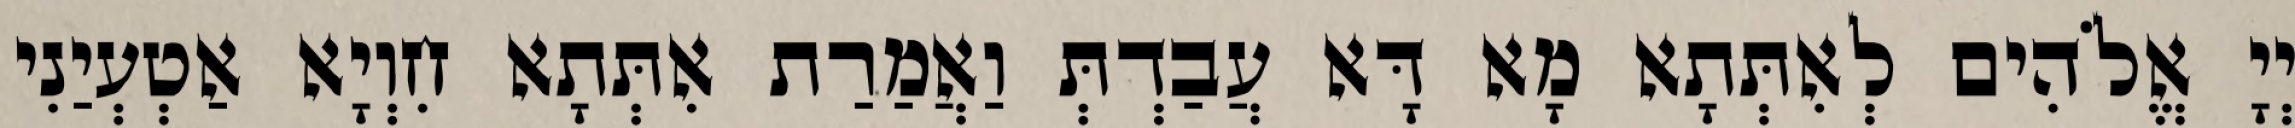
יְיָ אֱלֹהִים לְאִתְּתָא מָא דָּא עֲבַדְתְּ וַאֲמַרַת אִתְּתָא חִוְיָא אַטְעְיַנִי